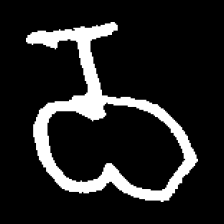
Pyu character \u2014 Myanmar letter: ဝ (romanized: wa)